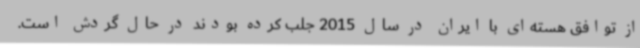
از توافق هسته‌ای با ایران در سال 2015 جلب کرده بودند در حال گردش است.